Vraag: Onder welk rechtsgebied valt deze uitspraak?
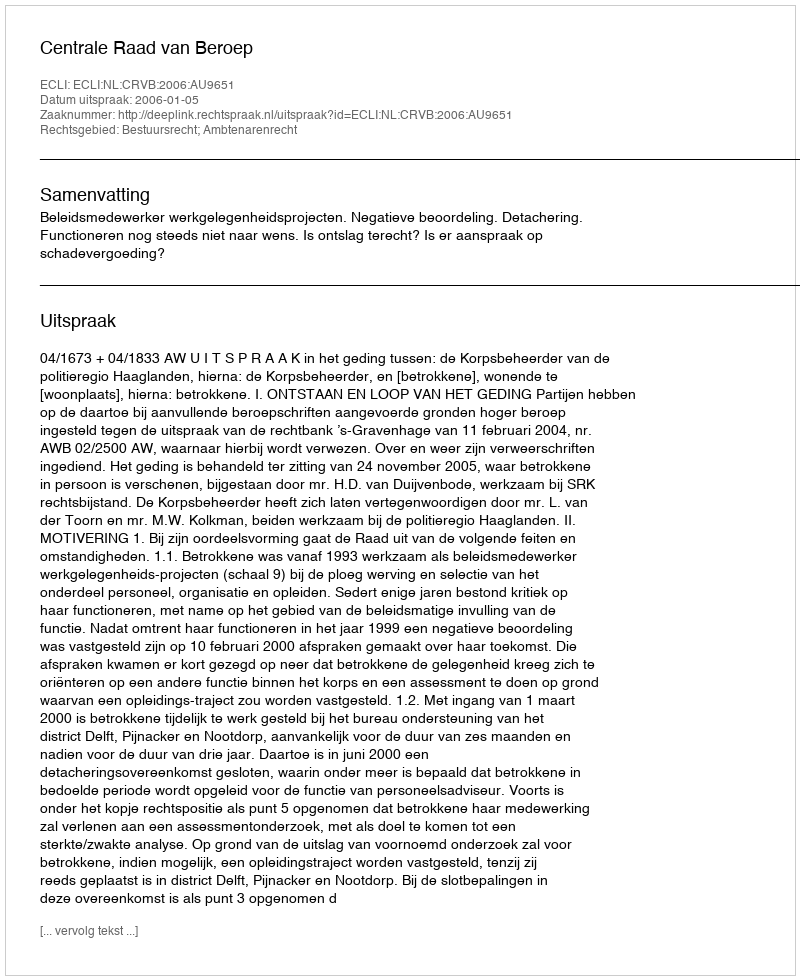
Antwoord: Bestuursrecht; Ambtenarenrecht